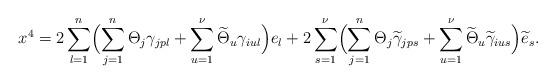
LaTeX: \begin{align*}x^{4}=2\sum_{l=1}^{n}\Bigl(\sum_{j=1}^{n}\Theta_{j}\gamma_{jpl}+\sum_{u=1}^{\nu}\widetilde{\Theta}_{u}\gamma_{iul}\Bigr)e_{l}+2\sum_{s=1}^{\nu}\Bigl(\sum_{j=1}^{n}\Theta_{j}\widetilde{\gamma}_{jps}+\sum_{u=1}^{\nu}\widetilde{\Theta}_{u}\widetilde{\gamma}_{ius}\Bigr)\widetilde{e}_{s}.\end{align*}